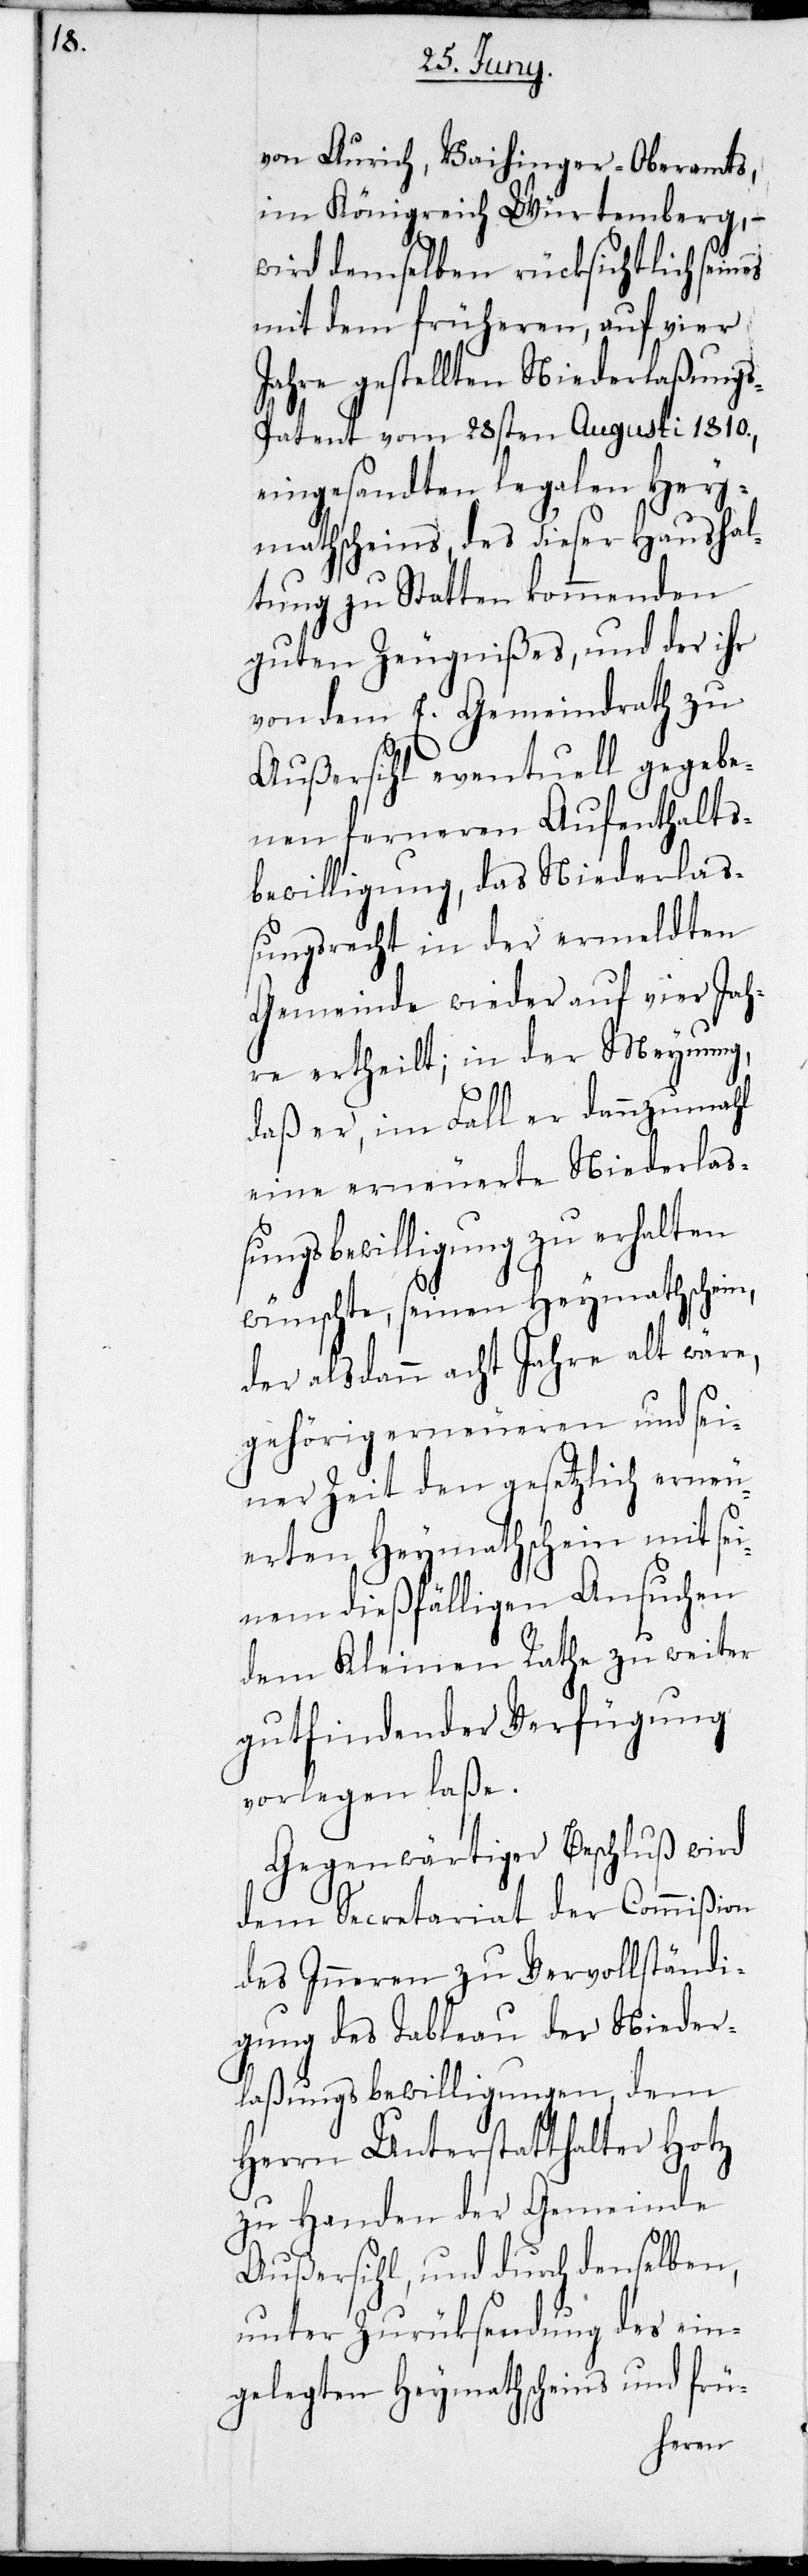
von Aurich, Vaihinger-Oberamts,
im Königreich Würtemberg, –
wird demselben rücksichtlich seines
mit dem früheren, auf vier
Jahre gestellten Niederlaßung¬
s-Patent vom 28sten Augusti 1810.,
eingesandten legalen Hey¬
mathscheins, des dieser Haushal¬
tung zu Statten kommenden
guten Zeugnißes, und der ihr
von dem E. Gemeindrath zu
Außersihl eventuell gegebe¬
nen ferneren Aufenthalts¬
bewilligung, das Niederla¬
ßungsrecht in der ermeldten
Gemeinde wieder auf vier Jah¬
re ertheilt; in der Meynung,
daß er, im Fall er dannzumahl
eine erneuerte Niederlaß¬
ungsbewilligung zu erhalten
wünschte, seinen Heymathschein,
der alsdann acht Jahre alt wäre,
gehörig erneueren und sei¬
ner Zeit den gesetzlich erneu¬
erten Heymathschein mit se¬
inem dießfälligen Ansuchen
dem Kleinen Rathe zu weiter
gutfindender Verfügung
vorlegen laße.
Gegenwärtiger Beschluß wird
dem Secretariat der Commißion
des Inneren zu Vervollständi¬
gung des Tableau der Nieder¬
laßungsbewilligungen, dem
Herrn Unterstatthalter Hotz
zu Handen der Gemeinde
Außersihl, und durch denselben,
unter Zurüksendung des ein¬
gelegten Heymathscheins und frü-